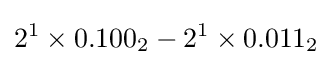
2^{1}\times 0.100_{2}-2^{1}\times 0.011_{2}